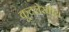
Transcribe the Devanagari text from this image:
कूटलेखीय